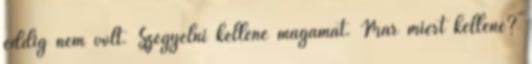
eddig nem volt. Szegyelni kellene magamat. Mar miert kellene?